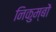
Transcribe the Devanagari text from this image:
निकुम्बों